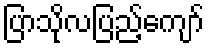
ပြာသိုလပြည့်ကျော်